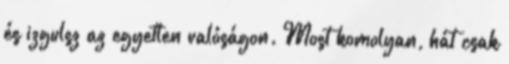
és izgulsz az egyetlen valóságon. Most komolyan, hát csak